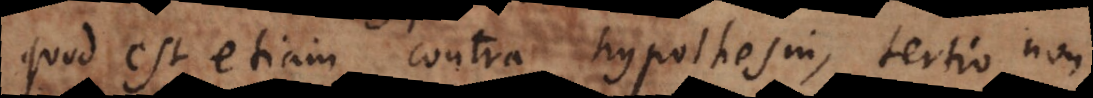
quod est etiam contra hypothesin, tertio non